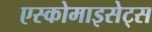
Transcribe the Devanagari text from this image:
एस्कोमाइसेट्स